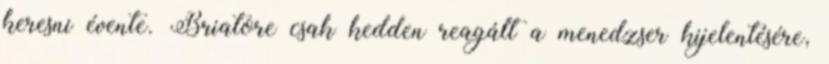
keresni évente. Briatore csak kedden reagált a menedzser kijelentésére,